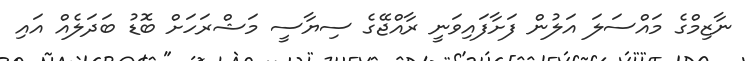
ނާޒިމްގެ މައްސަލަ އަލުން ފަށާފައިވަނީ ރާއްޖޭގެ ސިޔާސީ މަޝްރަހަށް ބޮޑު ބަދަލެއް އައި